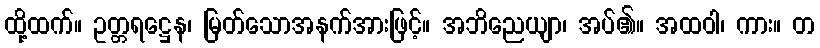
ထို့ထက်။ ဥတ္တရဋ္ဌေန၊ မြတ်သောအနက်အားဖြင့်။ အဘိညေယျာ၊ အပ်၏။ အထဝါ၊ ကား။ တ